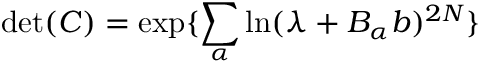
\operatorname * { d e t } ( C ) = \exp \{ \sum _ { \alpha } \ln ( \lambda + B _ { \alpha } b ) ^ { 2 N } \}